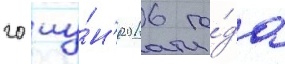
20 иу́н'я 2016 го́да